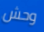
وحش